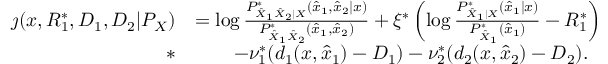
\begin{array} { r l } { \jmath ( x , R _ { 1 } ^ { * } , D _ { 1 } , D _ { 2 } | P _ { X } ) } & { = \log \frac { P _ { \hat { X } _ { 1 } \hat { X } _ { 2 } | X } ^ { * } ( \hat { x } _ { 1 } , \hat { x } _ { 2 } | x ) } { P _ { \hat { X } _ { 1 } \hat { X } _ { 2 } } ^ { * } ( \hat { x } _ { 1 } , \hat { x } _ { 2 } ) } + \xi ^ { * } \left( \log \frac { P _ { \hat { X } _ { 1 } | X } ^ { * } ( \hat { x } _ { 1 } | x ) } { P _ { \hat { X } _ { 1 } } ^ { * } ( \hat { x } _ { 1 } ) } - R _ { 1 } ^ { * } \right) } \\ { * } & { \qquad - \nu _ { 1 } ^ { * } ( d _ { 1 } ( x , \hat { x } _ { 1 } ) - D _ { 1 } ) - \nu _ { 2 } ^ { * } ( d _ { 2 } ( x , \hat { x } _ { 2 } ) - D _ { 2 } ) . } \end{array}